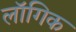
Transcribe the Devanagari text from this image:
लॉगिक